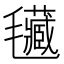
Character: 𣰾